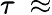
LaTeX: \tau\ \approx